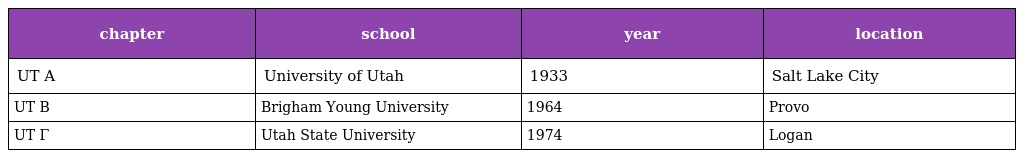
| chapter | school | year | location |
 | --- | --- | --- | --- |
 | UT Α | University of Utah | 1933 | Salt Lake City |
 | UT Β | Brigham Young University | 1964 | Provo |
 | UT Γ | Utah State University | 1974 | Logan |